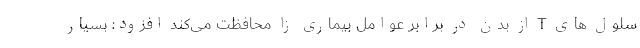
سلول های T از بدن در برابر عوامل بیماری­ زا محافظت می­کند افزود: بسیار